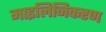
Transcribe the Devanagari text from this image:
माइलिनिकरण